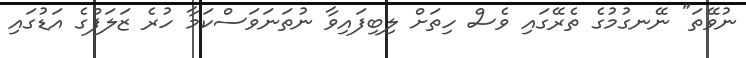
ނުވޭތަ" ނޭނގުމުގެ ތެރޭގައި ވެސް ހިތަށް ލިބިފައިވާ ނުތަނަވަސްކަމާ ހުރެ ޒަލަފްގެ އަޑުގައި